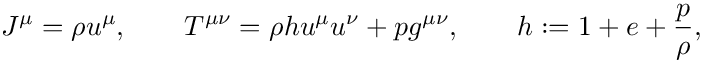
J ^ { \mu } = \rho u ^ { \mu } , \qquad T ^ { \mu \nu } = \rho h u ^ { \mu } u ^ { \nu } + p g ^ { \mu \nu } , \qquad h : = 1 + e + \frac { p } { \rho } ,